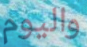
واليوم